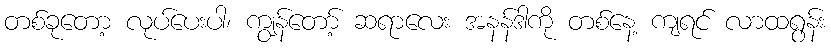
တစ်ခုတော့ လုပ်ပေးပါ၊ ကျွန်တော့် ဆရာလေး အနန်ဒါကို တစ်နေ့ ကျရင် လာထရွန်း